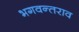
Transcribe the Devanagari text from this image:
भगवन्तराव